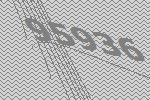
95936